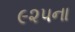
૯૨૫ના